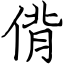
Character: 偝